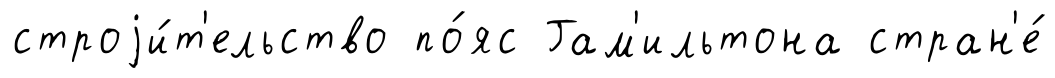
строjи́т'ельство по́яс Гам'ильтона стран'е́